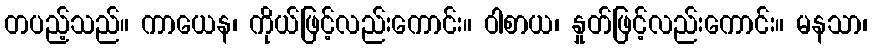
တပည့်သည်။ ကာယေန၊ ကိုယ်ဖြင့်လည်းကောင်း။ ဝါစာယ၊ နှုတ်ဖြင့်လည်းကောင်း။ မနသာ၊